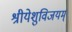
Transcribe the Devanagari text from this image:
श्रीयेशुविजयम्